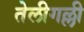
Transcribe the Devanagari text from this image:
तेलीगल्ली